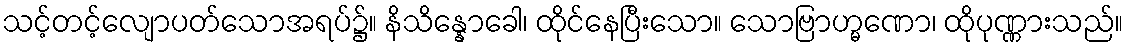
သင့်တင့်လျောပတ်သောအရပ်၌။ နိသိန္နောခေါ၊ ထိုင်နေပြီးသော။ သောဗြာဟ္မဏော၊ ထိုပုဏ္ဏားသည်။